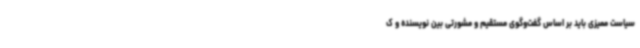
سیاست ممیزی باید بر اساس گفت‌وگوی مستقیم و مشورتی بین نویسنده و ک